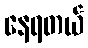
နေရတယ်